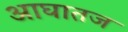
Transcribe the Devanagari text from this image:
आघातज